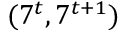
( 7 ^ { t } , 7 ^ { t + 1 } )